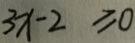
3 x - 2 \geqslant 0